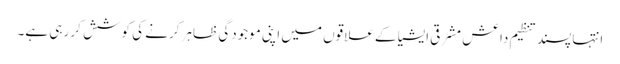
انتہا پسند تنظیم داعش مشرقی ایشیا کے علاقوں میں اپنی موجودگی ظاہر کرنے کی کوشش کر رہی ہے۔